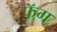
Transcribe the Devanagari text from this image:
फॅग